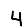
Digit: 4